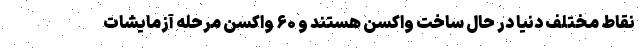
نقاط مختلف دنیا در حال ساخت واکسن هستند و ۶۰ واکسن مرحله آزمایشات